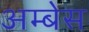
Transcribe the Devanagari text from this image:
अम्बेस